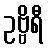
ဥဗ္ဗိရီ